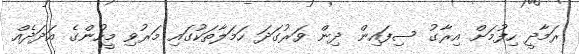
ރަމާދީ ހިފުމަށް އިރާގު ސިފައިން ދިން ވަރުގަދަ ހަމަލާތަކުގައި މަރުވި މީހުންގެ އަދަދެއް